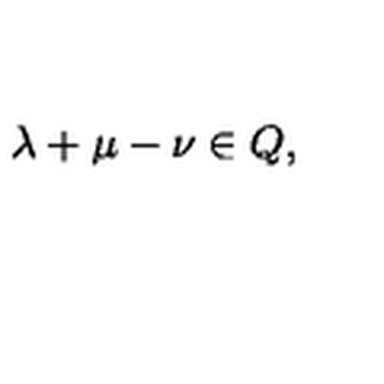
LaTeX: \lambda + \mu - \nu \in Q ,